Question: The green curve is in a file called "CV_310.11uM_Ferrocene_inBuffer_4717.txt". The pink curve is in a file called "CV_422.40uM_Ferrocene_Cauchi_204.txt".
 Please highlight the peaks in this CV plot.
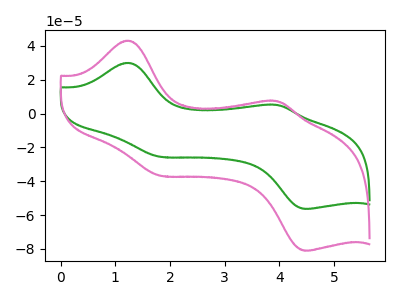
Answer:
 <answer>The green curve "Ferrocene_310.11uM" has anodic peaks at (1.25V, 30.00uA) (3.95V, 5.10uA) and cathodic peaks at (1.80V, -25.45uA) (4.55V, -56.35uA). The pink curve "Ferrocene_422.40uM" has anodic peaks at (1.25V, 43.10uA) (3.95V, 7.30uA) and cathodic peaks at (1.80V, -36.65uA) (4.55V, -81.05uA).</answer>
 <eval></eval>